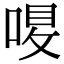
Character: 𠷙